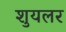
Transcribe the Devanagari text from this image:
शुयलर